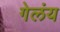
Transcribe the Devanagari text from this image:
गेलंय